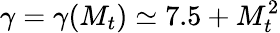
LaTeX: \gamma=\gamma(M_{t})\simeq 7.5+M_{t}^{2}